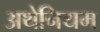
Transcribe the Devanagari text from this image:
अथेनियम